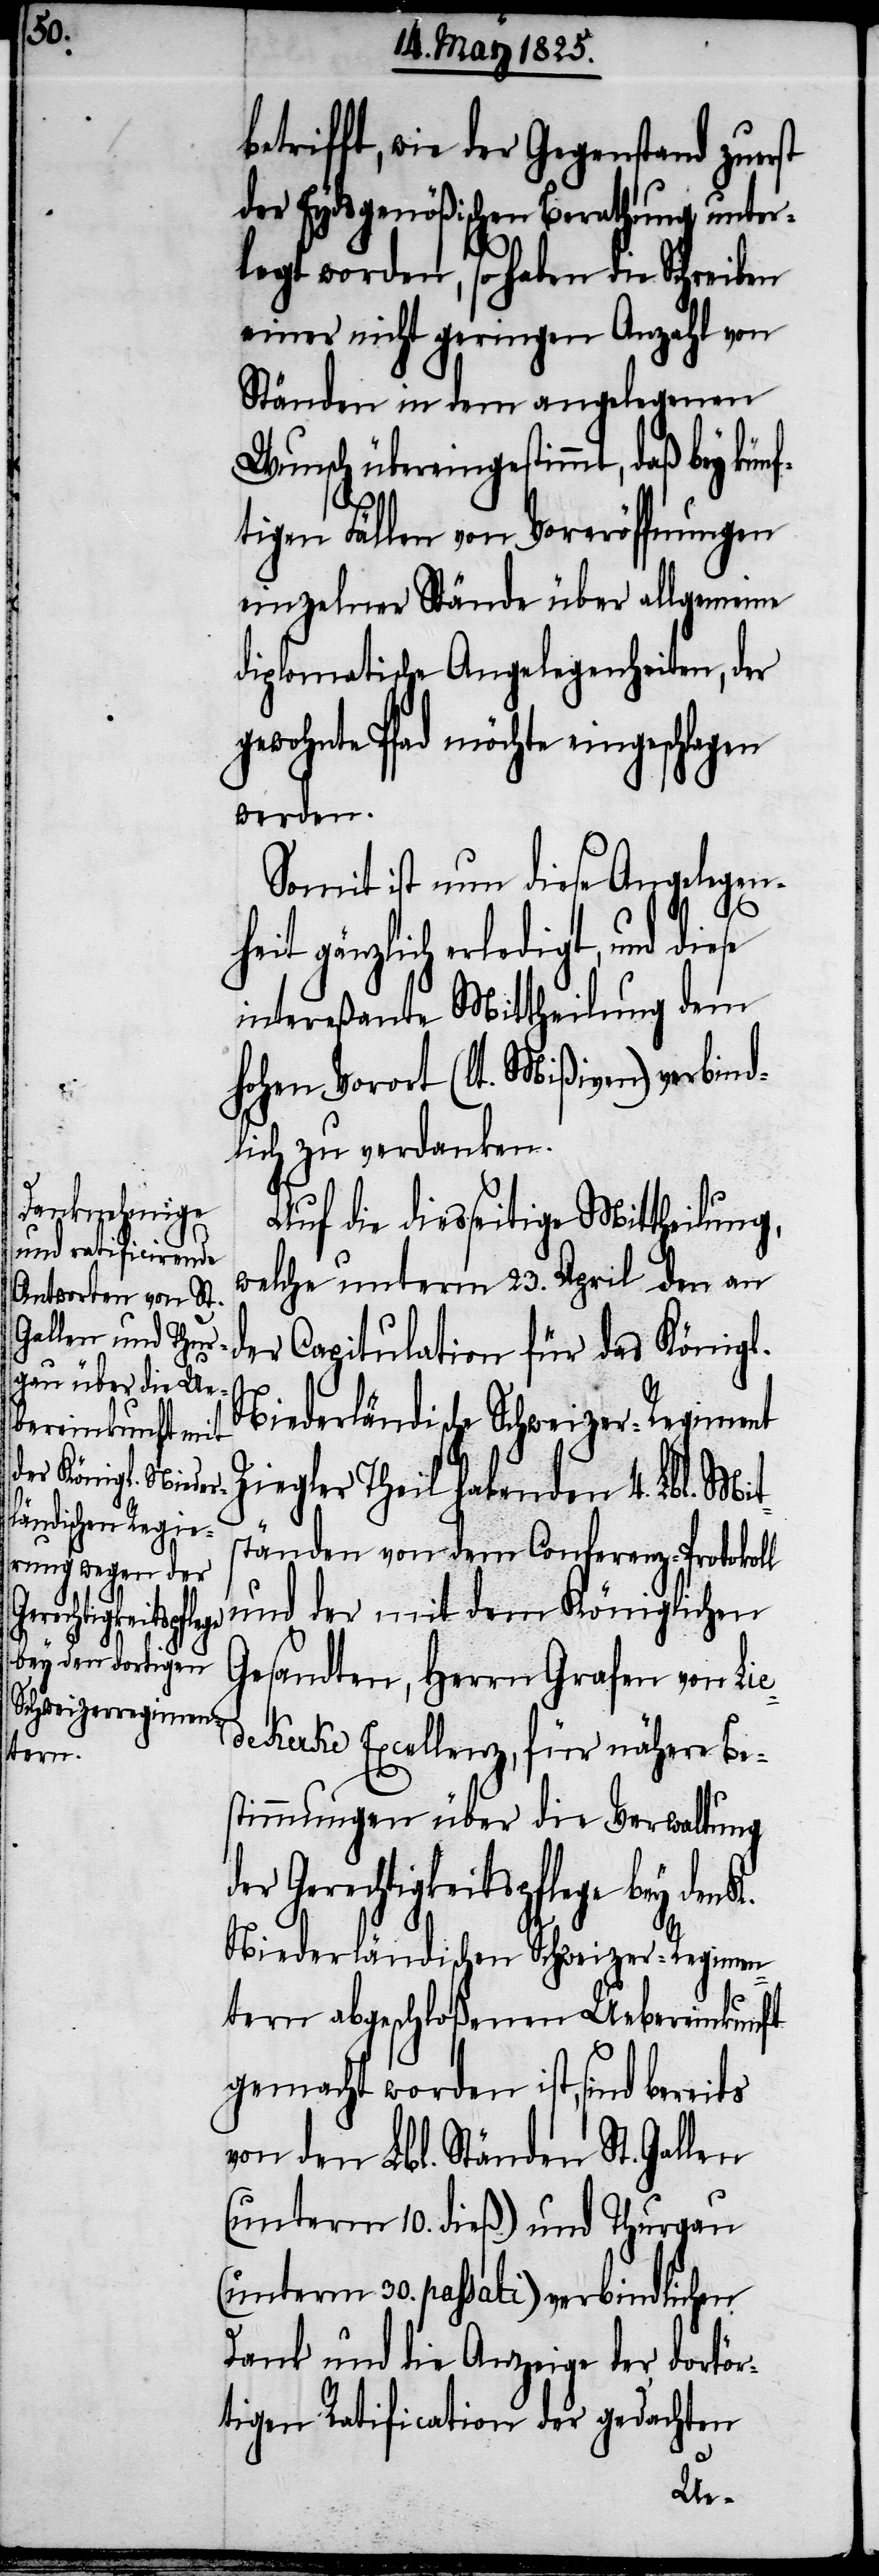
b¬

etrifft, wie der Gegenstand zuerst
der Eydsgenößischen Berathung unter¬
legt worden, so haben die Schreiben
einer nicht geringen Anzahl von
Ständen in dem angelegenen
Wunsch übereingestimmt, daß bey kü¬
tigen Fällen von Voreröffnungen
einzelner Stände über allgemeine
diplomatische Angelegenheiten, der
gewohnte Pfad möchte eingeschlagen
werden.
Somit ist nun diese Angelegenh¬
eit gänzlich erledigt, und diese
intereßante Mittheilung dem
hohen Vorort (lt. Mißiven) verbind¬
lich zu verdanken.
nf¬
Auf die diesseitige Mittheilung,
welche unterm 23. April den an
der Capitulation für das Königl.
Niederländische Schweizer-Regiment
Ziegler Theil habenden 4. Lbl. Mits¬
tänden von dem Conferenz-Protokoll
und der mit dem Königlichen
Gesandten, Herrn Grafen von Lie¬
dekerke Excellenz, für nähere Be¬
stimmungen über die Verwaltung
der Gerechtigkeitspflege bey den K.
Niederländischen Schweizer-Regimen¬
tern abgeschloßenen Uebereinkunft
gemacht worden ist, sind bereits
von den Lbl. Ständen St. Gallen
(unterm 10. dieß) und Thurgau
(unterm 30. passati) verbindlichen
Dank und die Anzeige der dortör¬
tigen Ratification der gedachten